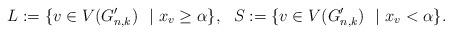
LaTeX: \begin{align*}L:=\{v\in V(G_{n,k}^{\prime})\ \ | \ x_v\ge \alpha\}, \ \ S:=\{v\in V(G_{n,k}^{\prime})\ \ | \ x_v< \alpha\}.\end{align*}